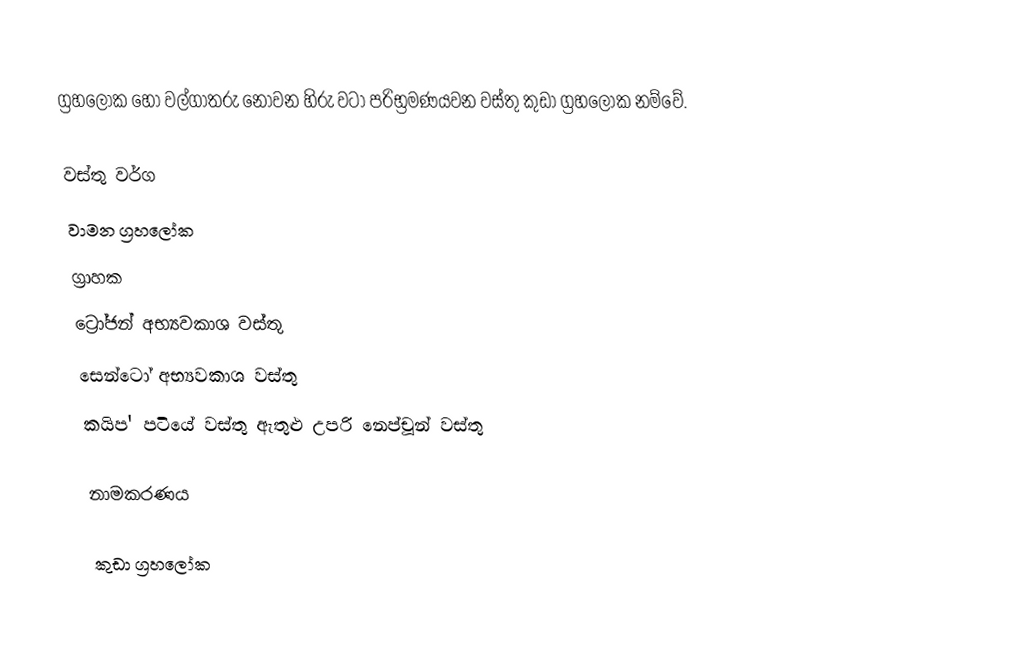
ග්‍රහලෝක හෝ වල්ගාතරු නොවන හිරු වටා පරිභ්‍රමණයවන වස්තු   කුඩා ග්‍රහලෝක නම්වේ.

වස්තු වර්ග
 වාමන ග්‍රහලෝක
 ග්‍රාහක
 ට්‍රෝජන් අභ්‍යවකාශ වස්තු
 සෙන්ටෝ අභ්‍යවකාශ වස්තු
 කයිප' පටියේ වස්තු ඇතුළු උපරි නෙප්චූන් වස්තු

නාමකරණය

කුඩා ග්‍රහලෝක